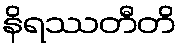
နိရဿတီတိ